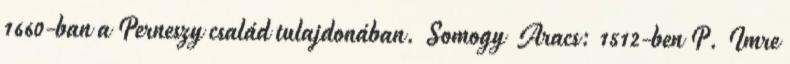
1660-ban a Perneszy család tulajdonában. Somogy Aracs: 1512-ben P. Imre